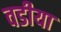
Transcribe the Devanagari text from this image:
वडीया